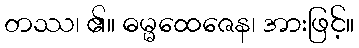
တဿ၊ ၏။ ဓမ္မထေဇေန၊ အားဖြင့်။